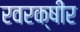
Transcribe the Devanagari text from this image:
रवरक्षीर